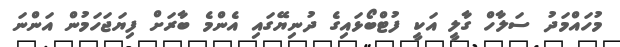
މުހައްމަދު ސަލާހް ގާލީ އަކީ ފުޓްބޯޅައިގެ ދުނިޔޭގައި އެންމެ ބާރަށް ފިޔަޖަހަމުން އަންނަ